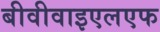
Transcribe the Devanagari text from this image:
बीवीवाइएलएफ